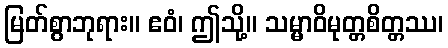
မြတ်စွာဘုရား။ ဧဝံ၊ ဤသို့။ သမ္မာဝိမုတ္တစိတ္တဿ၊